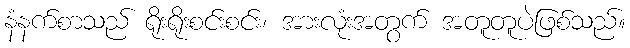
နံနက်စာသည် ရိုးရိုးစင်းစင်း၊ အားလုံးအတွက် အတူတူပဲဖြစ်သည်။